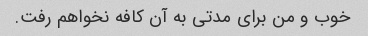
خوب و من برای مدتی به آن کافه نخواهم رفت.